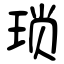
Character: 琐